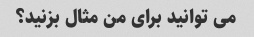
می توانید برای من مثال بزنید؟